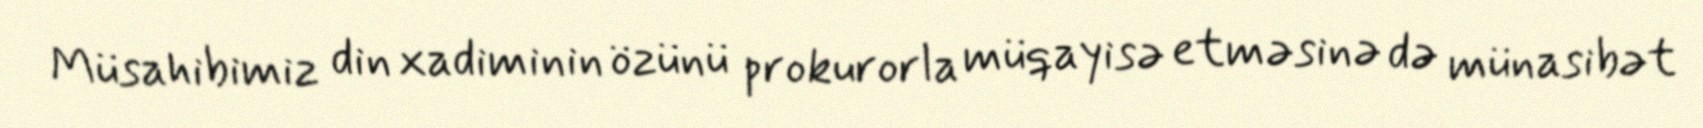
Müsahibimiz din xadiminin özünü prokurorla müqayisə etməsinə də münasibət